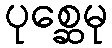
ပုစ္ဆေမု